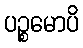
ပဉ္စမောပိ